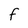
Character: f